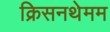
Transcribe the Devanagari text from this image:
क्रिसनथेमम